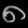
Digit: ၈